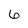
Character: 6